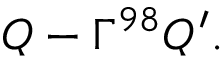
{ \cal Q } - \Gamma ^ { 9 8 } { \cal Q } ^ { \prime } .